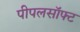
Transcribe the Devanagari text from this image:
पीपलसॉफ्ट